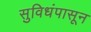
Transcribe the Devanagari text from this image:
सुविधंपासून